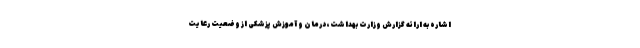
اشاره به ارائه گزارش وزارت بهداشت، درمان و آموزش پزشکی از وضعیت رعایت